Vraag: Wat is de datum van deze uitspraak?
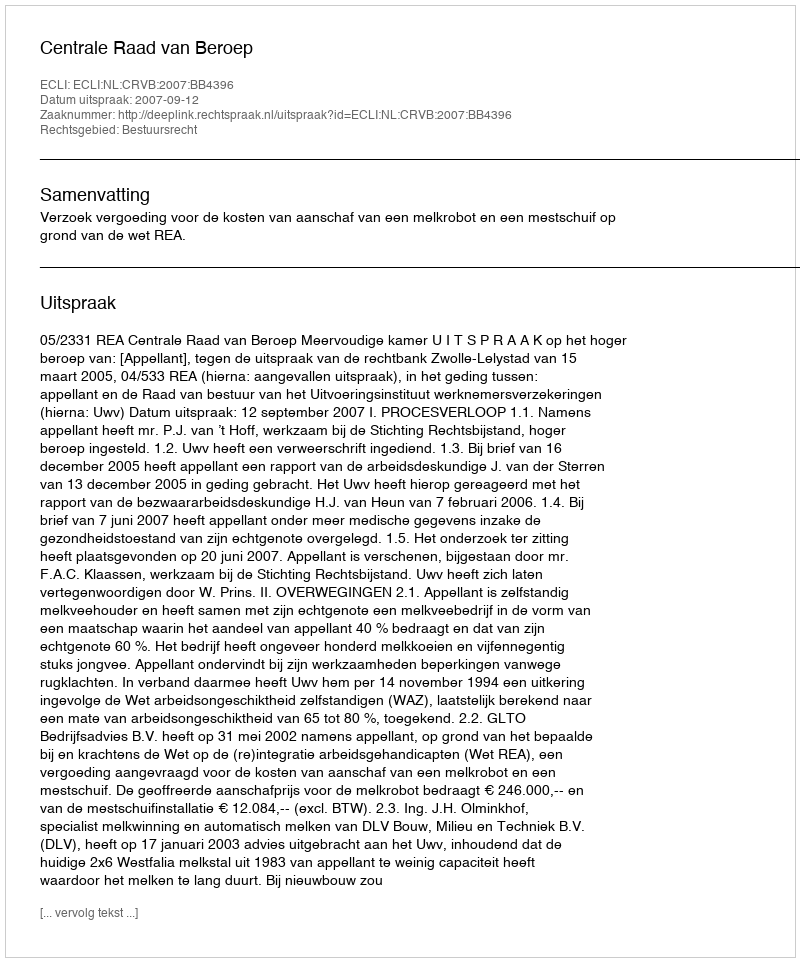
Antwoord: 2007-09-12